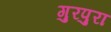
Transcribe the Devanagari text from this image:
गुरपुरा